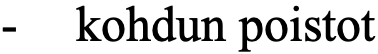
-  kohdun poistot